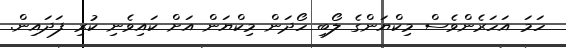
ހަމަ އަހަރެންވެސް މިކްޔަންގެ ލޯބި ހޯދަން މިކްޔަން އަށް ކައިވެނި ކުރި ފަދައިން.